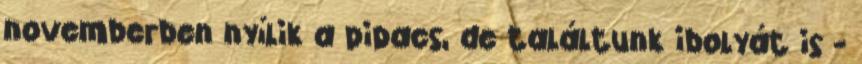
novemberben nyílik a pipacs, de találtunk ibolyát is -